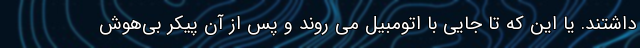
‌داشتند. یا این که تا جایی با اتومبیل می روند و پس از آن پیکر بی‌هوش